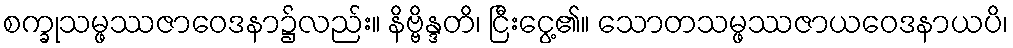
စက္ခုသမ္ဖဿဇာဝေဒနာ၌လည်း။ နိဗ္ဗိန္ဒတိ၊ ငြီးငွေ့၏။ သောတသမ္ဖဿဇာယဝေဒနာယပိ၊